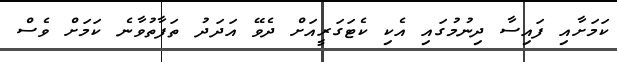
ކަމަށާއި ފައިސާ ދިނުމުގައި އެކި ކެޓަގަރީއަށް ދެވޭ އަދަދު ތަފާތުވާނެ ކަމަށް ވެސް